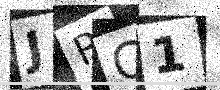
Text: JRC1